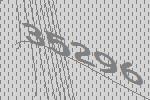
35296